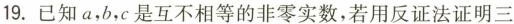
19.已知a，b，c是互不相等的非零实数，若用反证法证明三